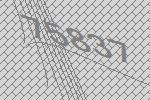
75837